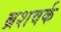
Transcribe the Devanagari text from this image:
ब्रशवर्क